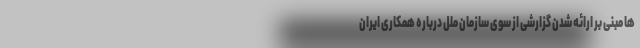
ها مبنی بر ارائه شدن گزارشی از سوی سازمان ملل درباره همکاری ایران